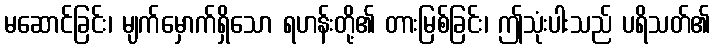
မဆောင်ခြင်း၊ မျက်မှောက်ရှိသော ရဟန်းတို့၏ တားမြစ်ခြင်း၊ ဤသုံးပါးသည် ပရိသတ်၏